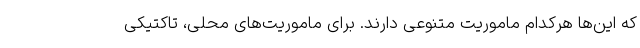
که این‌ها هرکدام ماموریت متنوعی دارند. برای ماموریت‌های محلی، تاکتیکی